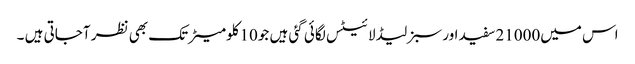
اس میں21000سفید اور سبز لیڈ لائیٹس لگائی گئی ہیں جو10کلومیٹر تک بھی نظر آجاتی ہیں ۔